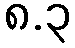
၈.၃